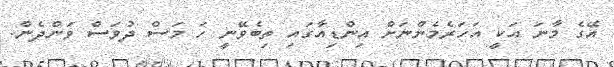
އޭގެ މާނަ އަކީ އަހަރެމެންނަށް އިންޑިއާގައި ތިބެވޭނީ ހަ މަސް ދުވަސް ވަންދެން.